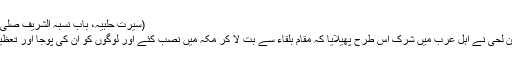
(سیرت حلبیہ، باب نسبہ الشریف صلی اللہ علیہ وسلم، ۱ / ۱۸)
شرک کے بانی عمرو بن لُحَیّ نے اہلِ عرب میں شرک اس طرح پھیلایا کہ مقامِ بلقاء سے بت لا کر مکہ میں نصب کئے اور لوگوں کو ان کی پوجا اور تعظیم کرنے کی دعوت دی۔